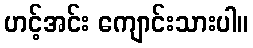
ဟင့်အင်း ကျောင်းသားပါ။